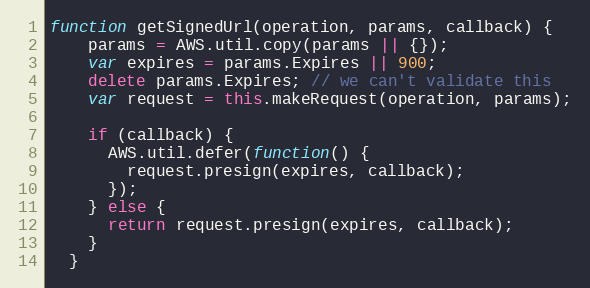
Language: JavaScript
function getSignedUrl(operation, params, callback) {
    params = AWS.util.copy(params || {});
    var expires = params.Expires || 900;
    delete params.Expires; // we can't validate this
    var request = this.makeRequest(operation, params);

    if (callback) {
      AWS.util.defer(function() {
        request.presign(expires, callback);
      });
    } else {
      return request.presign(expires, callback);
    }
  }